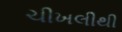
ચીખલીથી